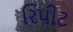
રિપીટ